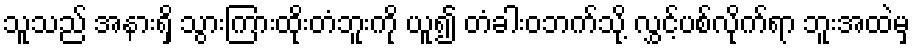
သူသည် အနားရှိ သွားကြားထိုးတံဘူးကို ယူ၍ တံခါးဝဘက်သို့ လွှင့်ပစ်လိုက်ရာ ဘူးအထဲမှ